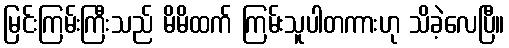
မြင်းကြမ်းကြီးသည် မိမိထက် ကြမ်းသူပါတကားဟု သိခဲ့လေပြီ။